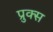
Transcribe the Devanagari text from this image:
प्रुक्स